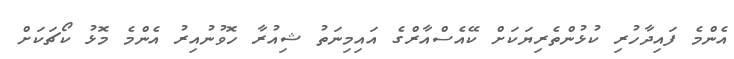
އެންމެ ފައިދާހުރި ކުޅުންތެރިޔަކަށް ކޭއެސްއާރްގެ އައިމިނަތު ޝިއުރާ ހޮވުނުއިރު އެންމެ މޮޅު ކޯޗަކަށް